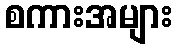
စကားအများ